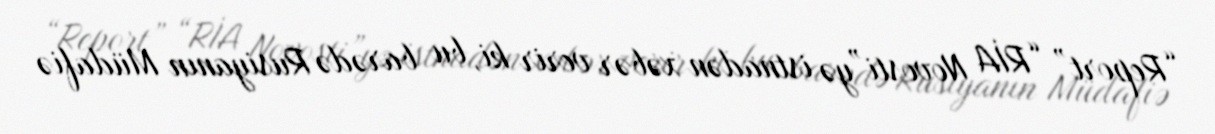
“Report” “RİA Novosti”yə istnadən xəbər verir ki, bu barədə Rusiyanın Müdafiə